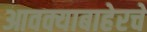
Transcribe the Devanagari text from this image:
आवक्याबाहेरचे